Vaccination Hyderabad 1872-1889 - 1872-1889
Year: 1872
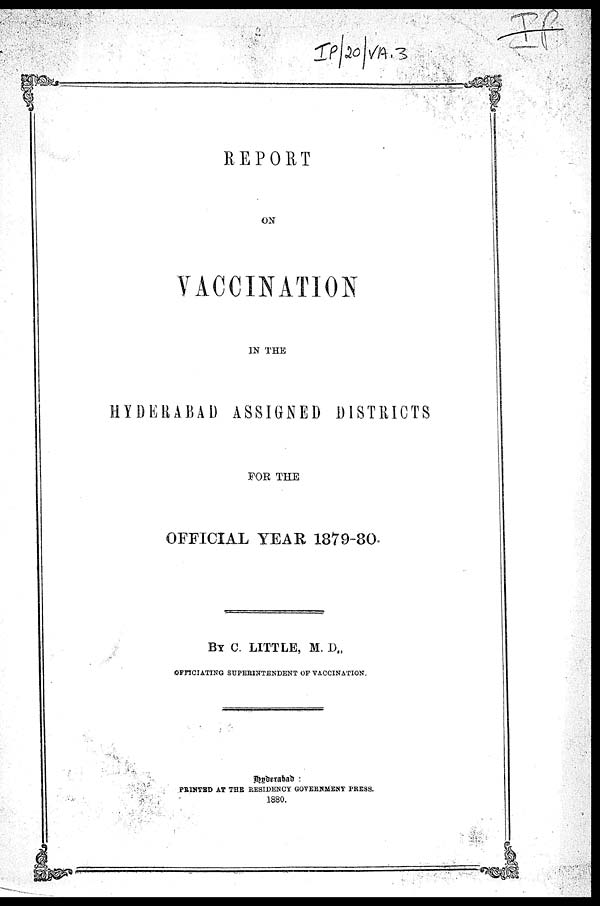
REPORT
ON
VACCINATION
IN THE
HYDERABAD ASSIGNED DISTRICTS
FOR THE
OFFICIAL YEAR 1879-80.
BY C. LITTLE, M. D.
OFFICIATING SUPERINTENDENT OF VACCINATION.
Hyderabad:
PRINTED AT THE RESIDENCY GOVERNMENT PRESS.
1880.